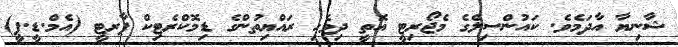
ޝާނިޔާ އާދަމެވެ. ކައުންސިލްގެ މެޖޯރިޓީ އޮތީ ދިވެހި ރައްޔިތުންގެ ޑިމޮކްރެޓިކް ޕާރޓީ (އެމް.ޑީ.ޕީ)